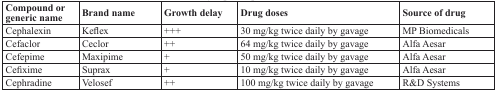
<table><thead><tr><td><b>Compound or generic name</b></td><td><b>Brand name</b></td><td><b>Growth delay</b></td><td><b>Drug doses</b></td><td><b>Source of drug</b></td></tr></thead><tbody><tr><td>Cephalexin</td><td>Keflex</td><td>+++</td><td>30 mg/kg twice daily by gavage</td><td>MP Biomedicals</td></tr><tr><td>Cefaclor</td><td>Ceclor</td><td>++</td><td>64 mg/kg twice daily by gavage</td><td>Alfa Aesar</td></tr><tr><td>Cefepime</td><td>Maxipime</td><td>+</td><td>50 mg/kg twice daily by gavage</td><td>Alfa Aesar</td></tr><tr><td>Cefixime</td><td>Suprax</td><td>+</td><td>10 mg/kg twice daily by gavage</td><td>Alfa Aesar</td></tr><tr><td>Cephradine</td><td>Velosef</td><td>++</td><td>100 mg/kg twice daily by gavage</td><td>R&amp;D Systems</td></tr></tbody></table>